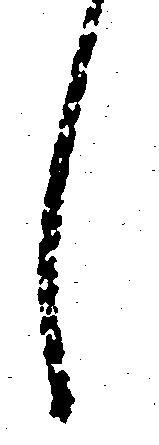
し